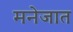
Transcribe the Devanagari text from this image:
मनेजात